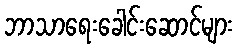
ဘာသာရေးခေါင်းဆောင်များ